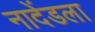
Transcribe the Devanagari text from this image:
नादेंडला